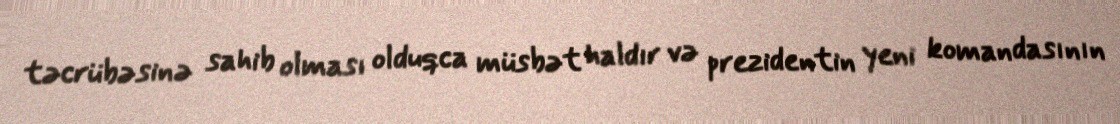
təcrübəsinə sahib olması olduqca müsbət haldır və prezidentin yeni komandasının